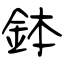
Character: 鉢